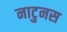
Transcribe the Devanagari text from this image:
नाटुनस